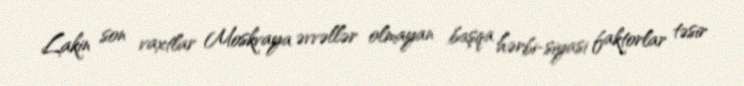
Lakin son vaxtlar Moskvaya əvvəllər olmayan başqa hərbi-siyasi faktorlar təsir